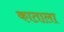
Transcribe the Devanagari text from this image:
काताला